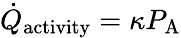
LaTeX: \dot{Q}_{\mathrm{activity}}=\kappa P_{\mathrm{A}}